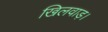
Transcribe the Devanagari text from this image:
खिलवाड़।